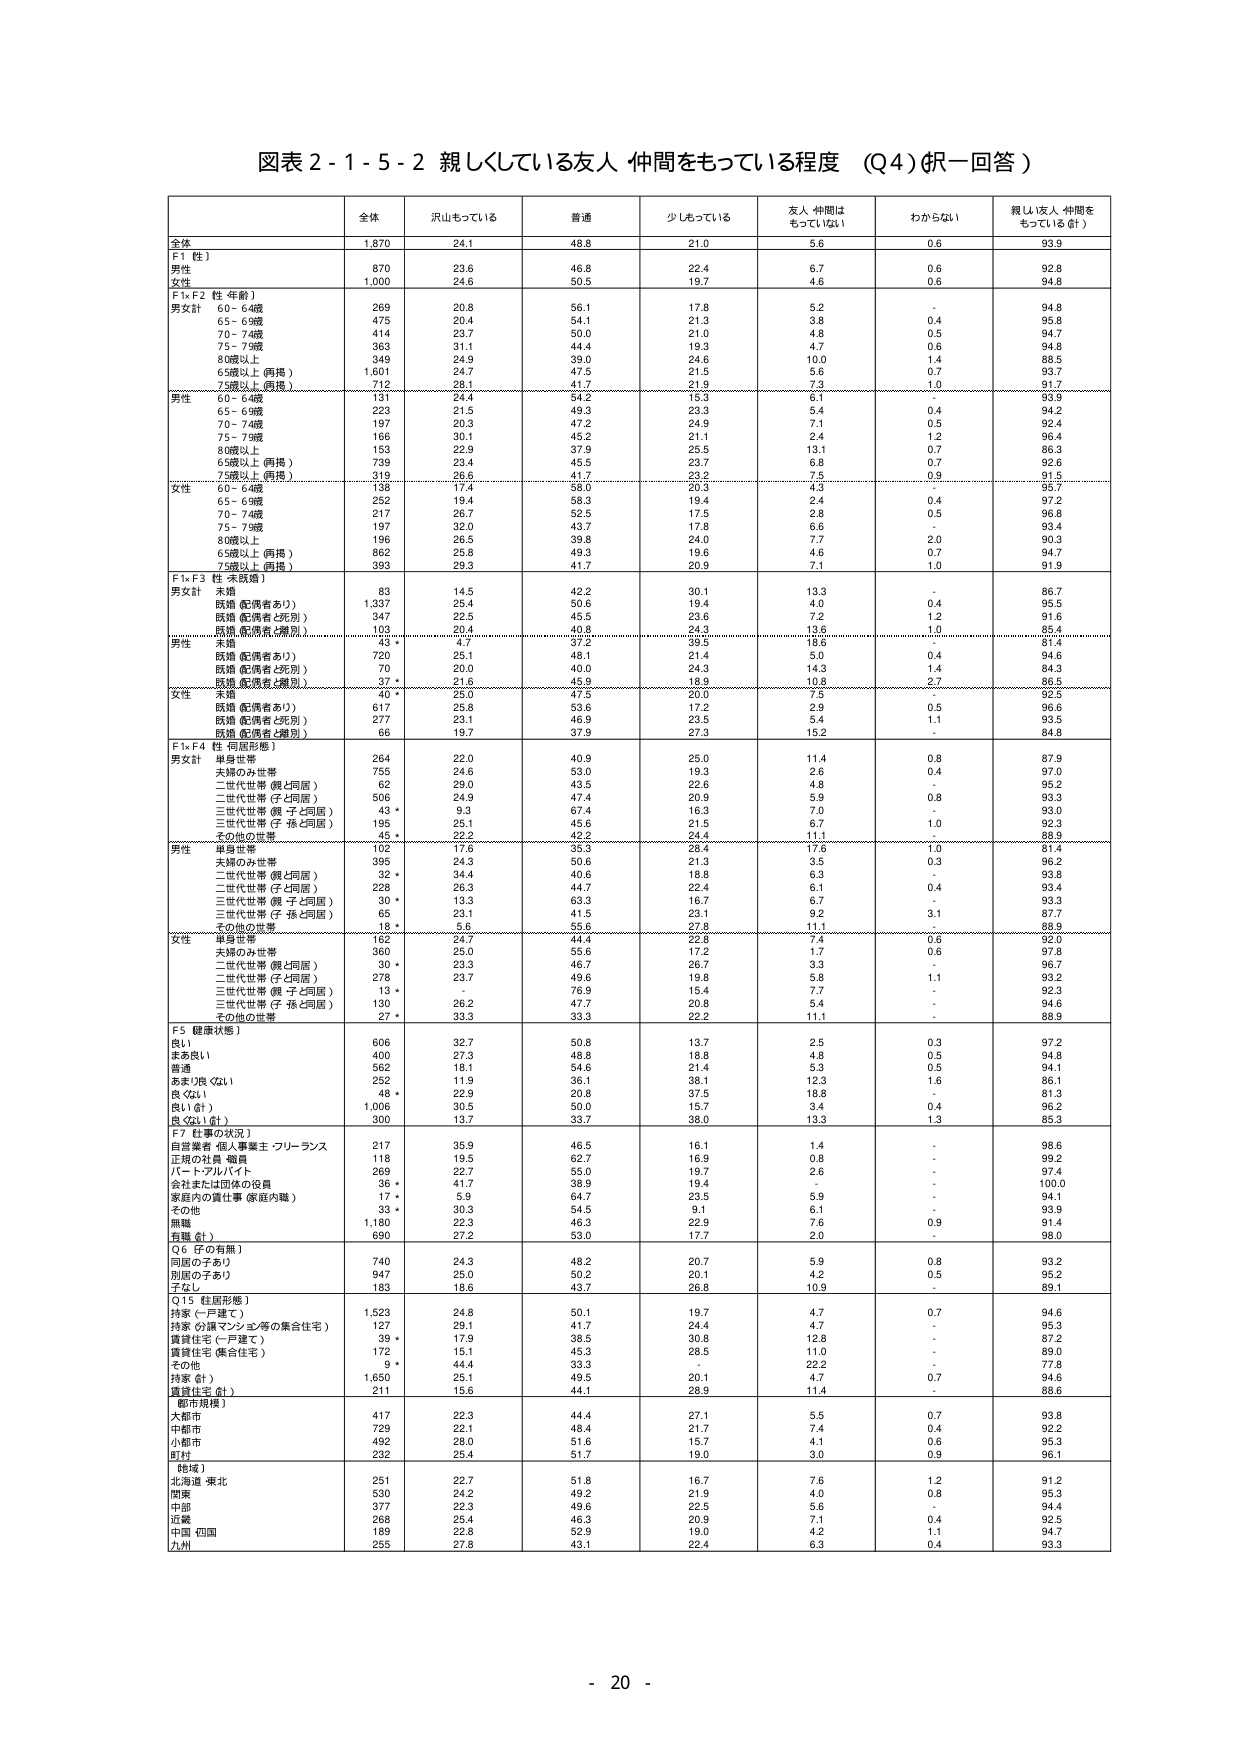
図表２-１-５-２ 親しくしている友人 仲間をもっている程度 （Q4）（択一回答）

全体 沢山もっている 普通 少しもっている 友人 仲間は もっていない わからない 親しい友人 仲間を もっている（計）

全体 1,870 24.1 48.8 21.0 5.6 0.6 93.9

F1（性）
男性 870 23.6 46.8 22.4 6.7 0.6 92.8
女性 1,000 24.6 50.5 19.7 4.6 0.6 94.8

F1×F2（性 年齢）
60～64歳 269 20.8 56.1 17.8 5.2 - 94.8
65～69歳 475 20.4 54.1 21.3 3.8 0.4 95.8
70～74歳 414 23.7 50.0 21.0 4.8 0.5 94.7
75～79歳 363 31.1 44.4 19.3 4.7 0.6 94.8
80歳以上 349 24.9 39.0 24.6 10.0 1.4 88.5
65歳以上（両掲） 1,601 24.7 47.5 21.5 5.6 0.7 93.7
75歳以上（両掲） 712 28.1 41.7 21.9 7.3 1.0 91.7

男性
60～64歳 131 24.4 54.2 15.3 6.1 - 93.9
65～69歳 223 21.5 49.3 23.3 5.4 0.4 94.2
70～74歳 197 20.3 47.2 24.9 7.1 0.5 92.4
75～79歳 166 30.1 45.2 21.1 2.4 1.2 96.4
80歳以上 153 22.9 37.9 25.5 13.1 0.7 86.3
65歳以上（両掲） 739 23.4 45.5 23.7 5.8 0.7 92.6
75歳以上（両掲） 319 26.6 41.7 23.2 7.5 0.9 91.5

女性
60～64歳 138 17.4 58.0 20.3 4.3 - 95.7
65～69歳 252 19.4 58.3 19.4 2.4 0.4 97.2
70～74歳 217 26.7 52.5 17.5 2.8 0.5 96.8
75～79歳 197 32.0 43.7 17.8 6.6 - 93.4
80歳以上 196 26.5 39.8 24.0 7.7 2.0 90.3
65歳以上（両掲） 862 25.8 49.3 19.6 4.6 0.7 94.7
75歳以上（両掲） 393 29.3 41.7 20.9 7.1 1.0 91.9

F1×F3（性 未婚婚）
未婚 83 14.5 42.2 30.1 13.3 - 86.7
既婚（配偶者あり） 1,337 25.4 50.6 19.4 4.0 0.4 95.5
既婚（配偶者と死別） 347 22.5 45.5 23.6 7.2 1.2 91.6
既婚（配偶者と離別） 103 20.4 40.8 24.3 13.6 1.0 85.4

男性
未婚 43 * 4.7 37.2 39.5 18.6 - 81.4
既婚（配偶者あり） 720 25.1 48.1 21.4 5.0 0.4 94.6
既婚（配偶者と死別） 70 20.0 40.0 24.3 14.3 1.4 84.3
既婚（配偶者と離別） 37 * 21.6 45.9 18.9 10.8 2.7 86.5

女性
未婚 40 * 25.0 47.5 20.0 7.5 - 92.5
既婚（配偶者あり） 617 25.8 53.6 17.2 2.9 0.5 96.6
既婚（配偶者と死別） 277 23.1 46.9 23.5 5.4 1.1 93.5
既婚（配偶者と離別） 66 18.7 37.9 27.3 15.2 - 84.8

F1×F4（性 同居形態）
男女計
単身世帯 264 22.0 40.9 25.0 11.4 0.8 87.9
夫婦のみ世帯 755 24.6 53.0 19.3 2.6 0.4 97.0
二世代世帯（親と同居） 62 29.0 43.5 22.6 4.8 - 95.2
二世代世帯（子と同居） 506 24.9 47.4 20.9 5.9 0.8 93.3
三世代世帯（親 子と同居） 43 * 9.3 57.4 16.3 7.0 - 93.0
三世代世帯（子 孫と同居） 195 25.1 45.6 21.5 6.7 1.0 92.3
その他の世帯 45 * 22.2 42.2 24.4 11.1 - 88.9

男性
単身世帯 102 17.6 35.3 28.4 17.6 1.0 81.4
夫婦のみ世帯 395 24.3 50.6 21.3 3.5 0.3 96.2
二世代世帯（親と同居） 32 * 34.4 40.6 18.8 6.3 - 93.8
二世代世帯（子と同居） 228 26.3 44.7 22.4 6.1 0.4 93.4
三世代世帯（親 子と同居） 30 * 13.3 63.3 16.7 6.7 - 93.3
三世代世帯（子 孫と同居） 65 23.1 41.5 23.1 9.2 3.1 87.7
その他の世帯 18 * 5.6 55.6 27.8 11.1 - 88.9

女性
単身世帯 162 24.7 44.4 22.8 7.4 0.6 92.0
夫婦のみ世帯 360 25.0 55.6 17.2 1.7 0.6 97.8
二世代世帯（親と同居） 30 * 23.3 46.7 26.7 3.3 - 96.7
二世代世帯（子と同居） 278 23.7 49.6 19.8 5.8 1.1 93.2
三世代世帯（親 子と同居） 13 * - 76.9 15.4 7.7 - 92.3
三世代世帯（子 孫と同居） 130 26.2 47.7 20.8 5.4 - 94.6
その他の世帯 27 * 33.3 33.3 22.2 11.1 - 88.9

F5（健康状態）
良い 606 32.7 50.8 13.7 2.5 0.3 97.2
まあ良い 400 27.3 48.8 18.8 4.8 0.5 94.8
普通 562 18.1 54.6 21.4 5.3 0.5 94.1
あまり良くない 252 11.9 36.1 38.1 12.3 1.6 86.1
良くない 48 * 22.9 20.8 37.5 18.8 - 81.3
良い（計） 1,006 30.5 50.0 15.7 3.4 0.4 96.2
良くない（計） 300 13.7 33.7 38.0 13.3 1.3 85.3

F7（仕事の状況）
自営業者 個人事業主 フリーランス 217 35.9 46.5 16.1 1.4 - 98.6
正規の社員 職員 118 19.5 62.7 16.9 0.8 - 99.2
パート・アルバイト 269 22.7 55.0 19.7 2.6 - 97.4
会社または団体の役員 36 * 41.7 38.9 19.4 - - 100.0
家庭内の責任事（家庭内職） 17 * 5.9 64.7 23.5 5.9 - 94.1
その他 33 * 30.3 54.5 9.1 6.1 - 93.9
無職 1,180 22.3 46.3 22.9 7.6 0.9 91.4
有職（計） 690 27.2 53.0 17.7 2.0 - 98.0

Q6（子の有無）
同居の子あり 740 24.3 48.2 20.7 5.9 0.8 93.2
別居の子あり 947 25.0 50.2 20.1 4.2 0.5 95.2
子なし 183 18.6 43.7 26.8 10.9 - 89.1

Q15（住居形態）
持家（一戸建て） 1,523 24.8 50.1 19.7 4.7 0.7 94.6
持家（分譲マンション等の集合住宅） 127 29.1 41.7 24.4 4.7 - 95.3
賃貸住宅（一戸建て） 39 * 17.9 38.5 30.8 12.8 - 87.2
賃貸住宅（集合住宅） 172 15.1 45.3 28.5 11.0 - 89.0
その他 9 * 44.4 33.3 - 22.2 - 77.8
持家（計） 1,650 25.1 49.5 20.1 4.7 0.7 94.6
賃貸住宅（計） 211 15.6 44.1 28.9 11.4 - 88.6

【都市規模】
大都市 417 22.3 44.4 27.1 5.5 0.7 93.8
中都市 729 22.1 48.4 21.7 7.4 0.4 92.2
小都市 492 28.0 51.6 15.7 4.1 0.6 95.3
町村 232 25.4 51.7 19.0 3.0 0.9 96.1

【地域】
北海道 東北 251 22.7 51.8 16.7 7.6 1.2 91.2
関東 530 24.2 49.2 21.9 4.0 0.8 95.3
中部 377 22.3 49.6 22.5 5.6 - 94.4
近畿 268 25.4 46.3 20.9 7.1 0.4 92.5
中国 四国 189 22.8 52.9 19.0 4.2 1.1 94.7
九州 255 27.8 43.1 22.4 6.3 0.4 93.3

- 20 -